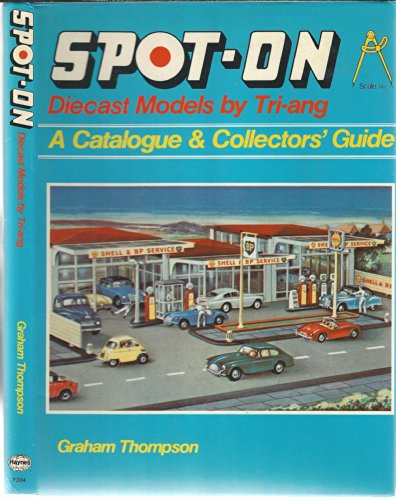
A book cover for Spot-On Diecast Models by Tri-ang : A Catalogue and Collectors Guide; Graham Thompson; Crafts, Hobbies & Home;